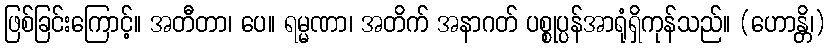
ဖြစ်ခြင်းကြောင့်။ အတီတာ၊ ပေ။ ရမ္မဏာ၊ အတိက် အနာဂတ် ပစ္စုပ္ပန်အာရုံရှိကုန်သည်။ (ဟောန္တိ၊)